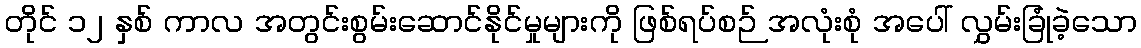
တိုင် ၁၂ နှစ် ကာလ အတွင်းစွမ်းဆောင်နိုင်မှုများကို ဖြစ်ရပ်စဉ် အလုံးစုံ အပေါ် လွှမ်းခြုံခဲ့သော